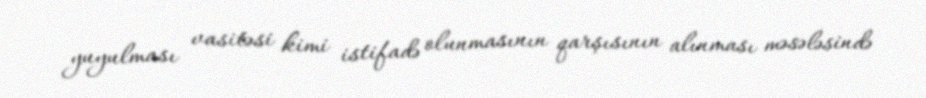
yuyulması vasitəsi kimi istifadə olunmasının qarşısının alınması məsələsində